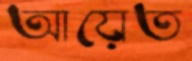
আয়েত